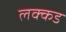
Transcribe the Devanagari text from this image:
लक्कड